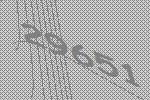
29651